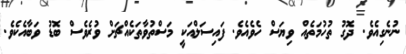
ނުނެގިއެވެ. ދޮގު ތުހުމަތެއް ވިޔަސް ހެވެއެވެ. ފައިސަލްއަކީ މަސްތުވާތަކެއްޗަށް ވުރެވެސް ބޮޑު ވަބާއެކެވެ.